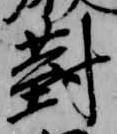
対